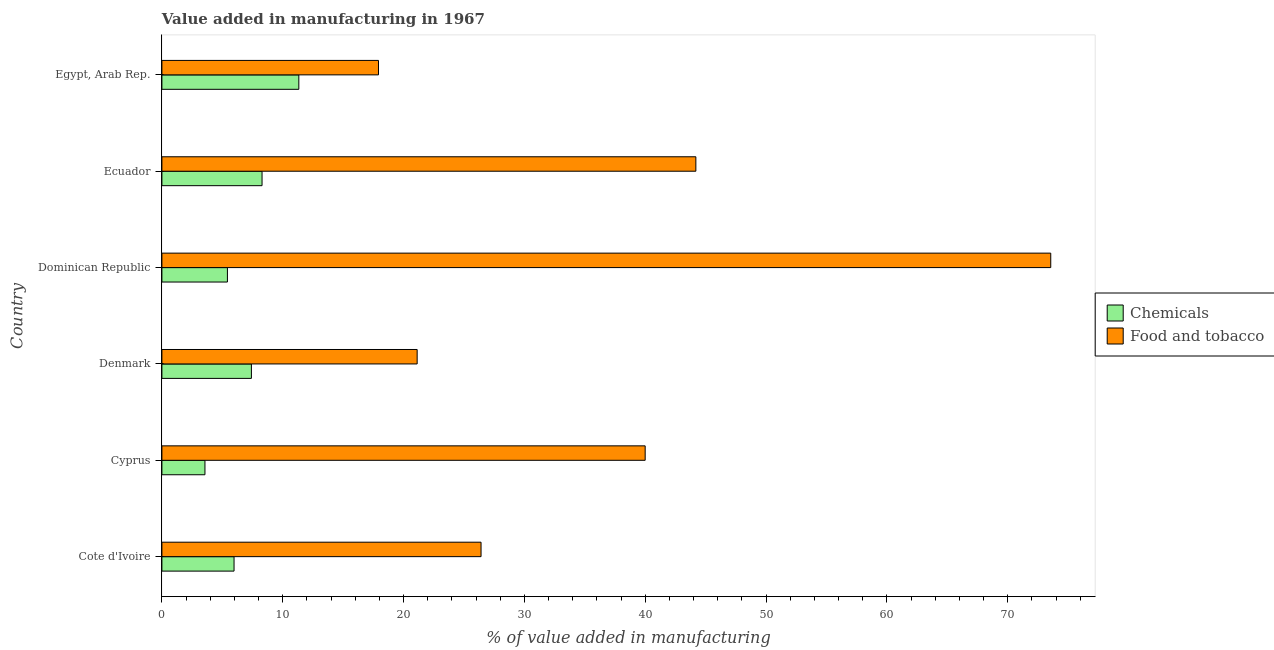
| Country | Chemicals | Food and tobacco |
 | --- | --- | --- |
 | Cote d'Ivoire | 5.97 | 26.4 |
 | Cyprus | 3.56 | 40 |
 | Denmark | 7.41 | 21.1 |
 | Dominican Republic | 5.42 | 73.6 |
 | Ecuador | 8.29 | 44.2 |
 | Egypt, Arab Rep. | 11.3 | 17.9 |